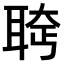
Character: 𫆄